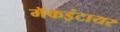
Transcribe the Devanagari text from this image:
मॅकइंटायर